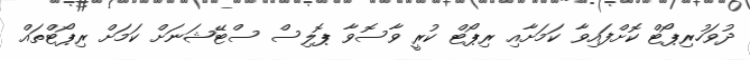
ދުވަހުރިޕޯޓް ކޮށްފައިވާ ކަމަށާއި ރިޕޯޓް ކުރީ ވާސޮވާ ޕޮލިސް ސްޓޭޝަނަށް ކަމަށް ރިޕޯޓްތައް